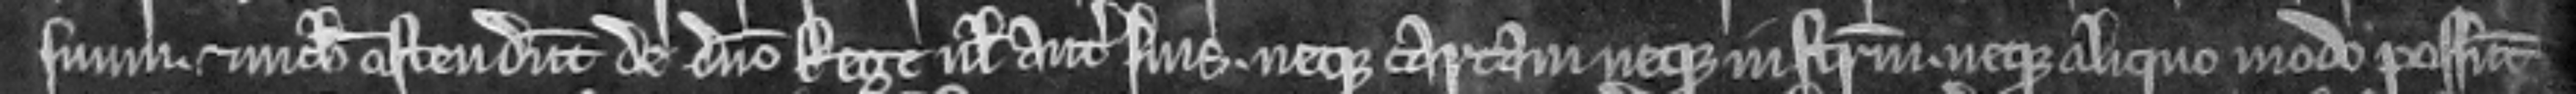
suum et nichil ostendunt de domino Rege vel antecessoribus suis neque cartam neque instrumentum neque aliquo modo possunt